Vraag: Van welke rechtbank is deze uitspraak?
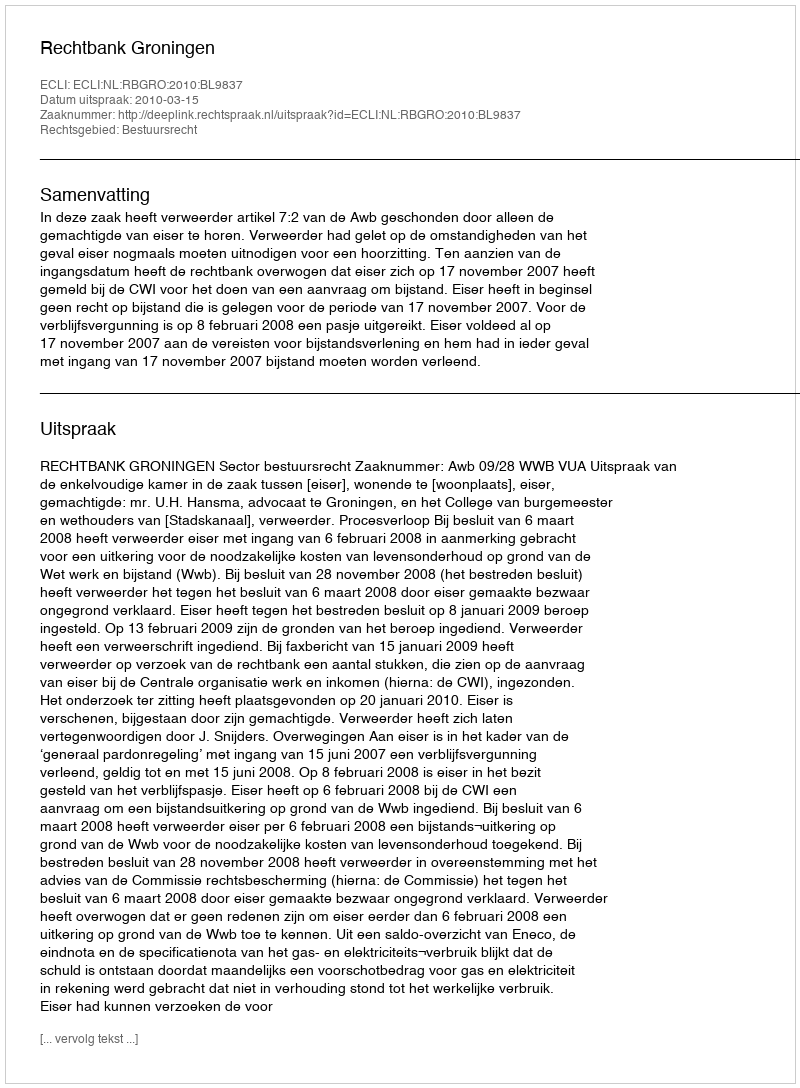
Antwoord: Rechtbank Groningen